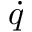
\dot { q }